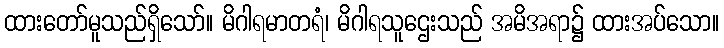
ထားတော်မူသည်ရှိသော်။ မိဂါရမာတရံ၊ မိဂါရသူဌေးသည် အမိအရာ၌ ထားအပ်သော။